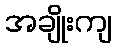
အချိုးကျ